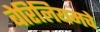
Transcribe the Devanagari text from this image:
बेरिलियमचे